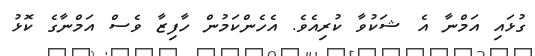
ގުޅައި އަމްނާ އެ ޝަކުވާ ކުރިއެވެ. އެހެންކަމުން ހާފިޒާ ވެސް އަމްނާގެ ކޮޅު